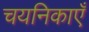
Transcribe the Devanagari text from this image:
चयनिकाएँ